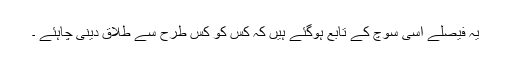
یہ فیصلے اسی سوچ کے تابع ہوگئے ہیں کہ کس کو کس طرح سے طلاق دینی چاہئے ۔